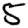
Digit: 5